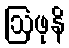
ဩဖုနိ